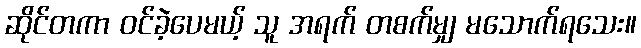
ဆိုင်တကာ ဝင်ခဲ့ပေမယ့် သူ အရက် တစက်မျှ မသောက်ရသေး။